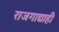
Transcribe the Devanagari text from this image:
राजगाद्याही